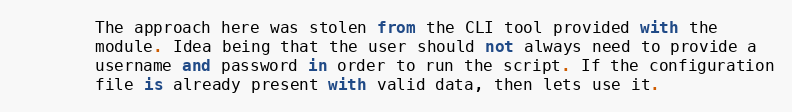
Language: Python
        The approach here was stolen from the CLI tool provided with the
        module. Idea being that the user should not always need to provide a
        username and password in order to run the script. If the configuration
        file is already present with valid data, then lets use it.